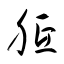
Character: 胝